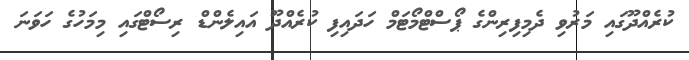
ކުރެއްދޫގައި މަރުވި ދެމިފިރިންގެ ޕޯސްޓްމޯޓަމް ހަދައިފި ކުރެއްދޫ އައިލެންޑް ރިސޯޓްގައި މިމަހުގެ ހަވަނަ